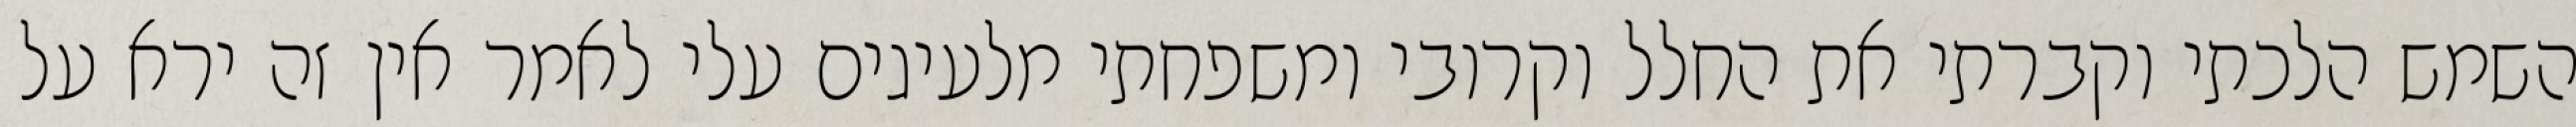
השמש הלכתי וקברתי את החלל וקרובי ומשפחתי מלעיגים עלי לאמר אין זה ירא על